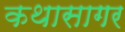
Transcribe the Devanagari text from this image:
कथासागर